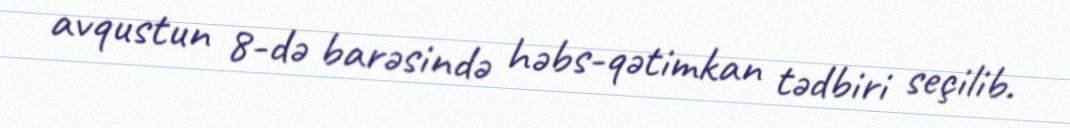
avqustun 8-də barəsində həbs-qətimkan tədbiri seçilib.